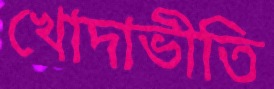
খোদাভীতি